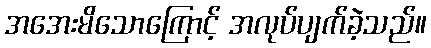
အအေးမိသောကြောင့် အလုပ်ပျက်ခဲ့သည်။